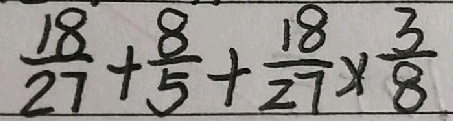
\frac { 1 8 } { 2 7 } + \frac { 8 } { 5 } + \frac { 1 8 } { 2 7 } \times \frac { 3 } { 8 }